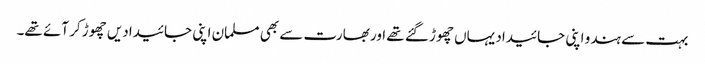
بہت سے ہندو اپنی جائیداد یہاں چھوڑ گئے تھے اور بھارت سے بھی مسلمان اپنی جائیدادیں چھوڑ کر آئے تھے۔